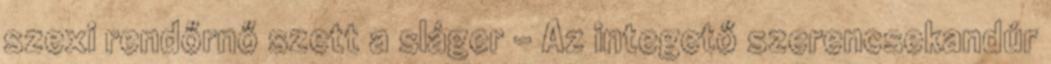
szexi rendőrnő szett a sláger - Az integető szerencsekandúr